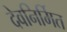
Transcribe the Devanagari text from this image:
देवनिर्मित